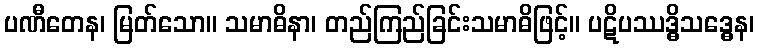
ပဏီတေန၊ မြတ်သော။ သမာဓိနာ၊ တည်ကြည်ခြင်းသမာဓိဖြင့်။ ပဋိပဿဒ္ဓိသဒ္ဓေန၊